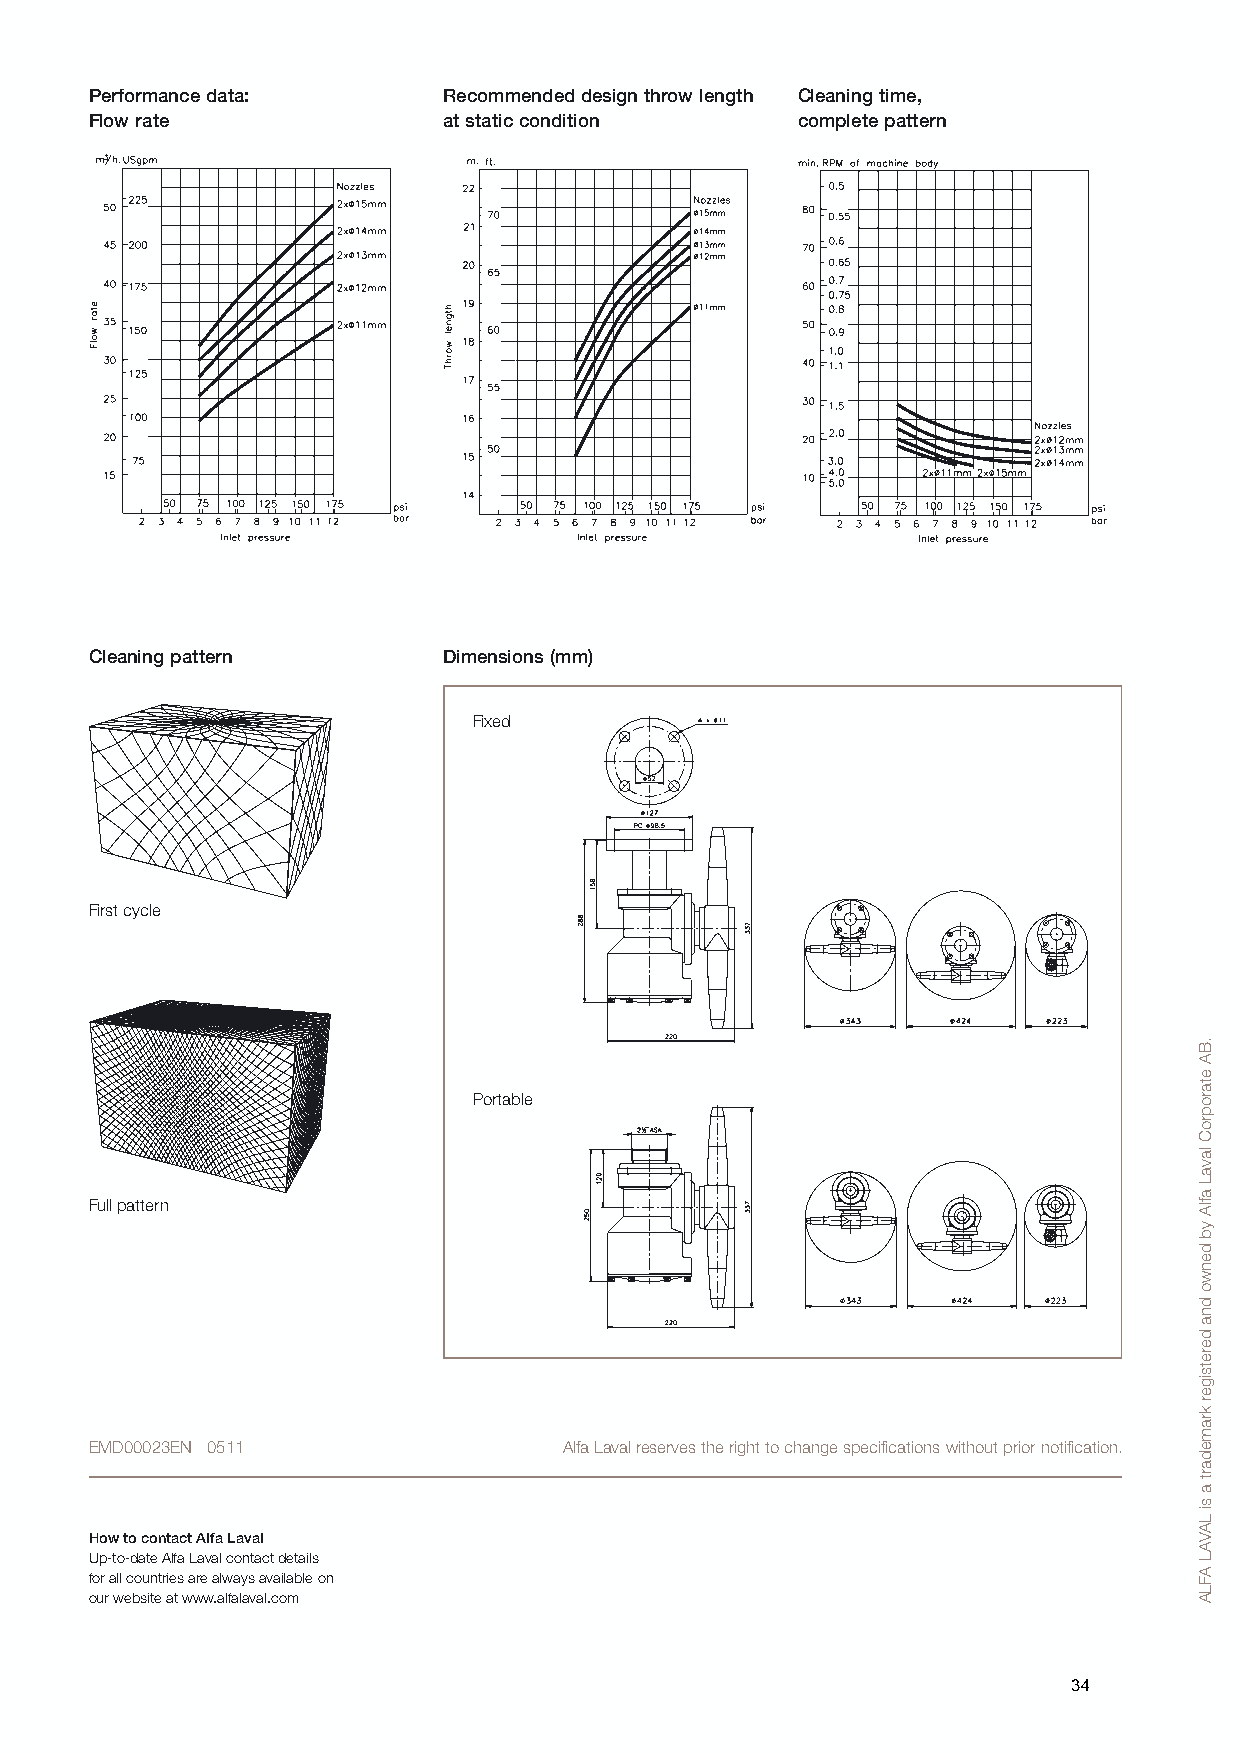
Performance data:      Recommended design throw length Cleaning time,
 Flow rate              at static condition     complete pattern
 Cleaning pattern       Dimensions (mm)
 Fixed
 First cycle
 Portable
 Full pattern
 EMD00023EN 0511                Alfa Laval reserves the right to change specifications without prior notification.
 How to contact Alfa Laval
 Up-to-date Alfa Laval contact details
 for all countries are always available on
 our website at www.alfalaval.com
 34
 .BA
 etaroproC
 lavaL
 aflA
 yb
 denwo
 dna
 deretsiger
 kramedart
 a
 si
 LAVAL
 AFLA